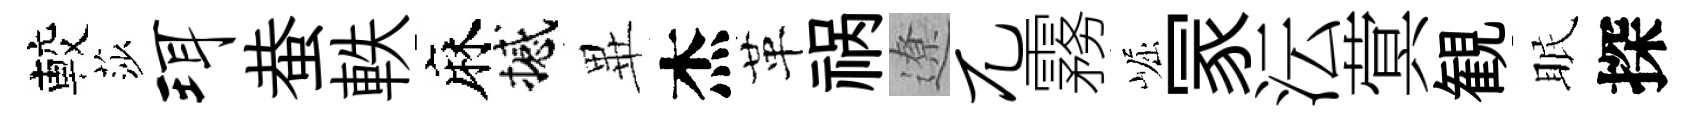
較莎珥蛬軼麻撼𭺾杰革祸遼兀霧崛冡沄蓂観眠探